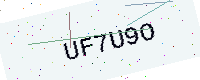
Text: UF7U9O